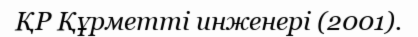
ҚР Құрметті инженері (2001).